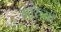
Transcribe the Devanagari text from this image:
गारेच्या